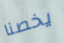
يخصنا